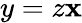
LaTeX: y=z\mathbf{x}